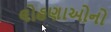
લોહણાઓનો